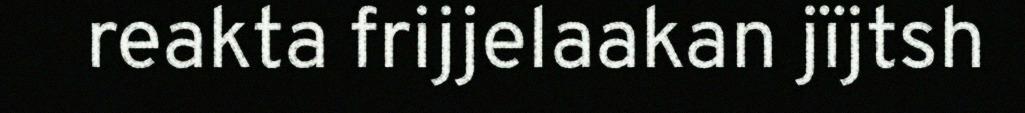
reakta frijjelaakan jïjtsh